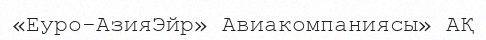
«Еуро-АзияЭйр» Авиакомпаниясы» АҚ